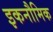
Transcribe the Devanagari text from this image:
इकनौमिक